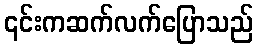
၎င်းကဆက်လက်ပြောသည်